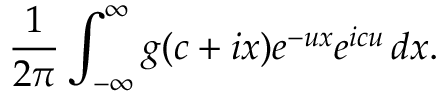
{ \frac { 1 } { 2 \pi } } \int _ { - \infty } ^ { \infty } g ( c + i x ) e ^ { - u x } e ^ { i c u } \, d x .